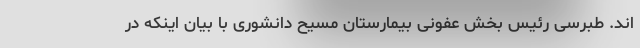
اند. طبرسی رئیس بخش عفونی بیمارستان مسیح دانشوری با بیان اینکه در